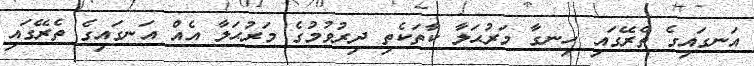
އަނގައިގެ ތެރޭގައި ހިނގާ މަރުޙަލާ ކާތަކެތި ދިރުވުމުގެ މަރުޙަލާ އެއް އަނގައިގެ ތެރޭގައި